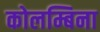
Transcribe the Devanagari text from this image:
कोलम्बिना